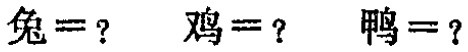
兔=？ 鸡=？ 鸭=？